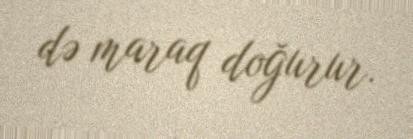
də maraq doğurur.